Civil Veterinary Department Bengal reports 1923-33 - 1923-1933
Year: 1923
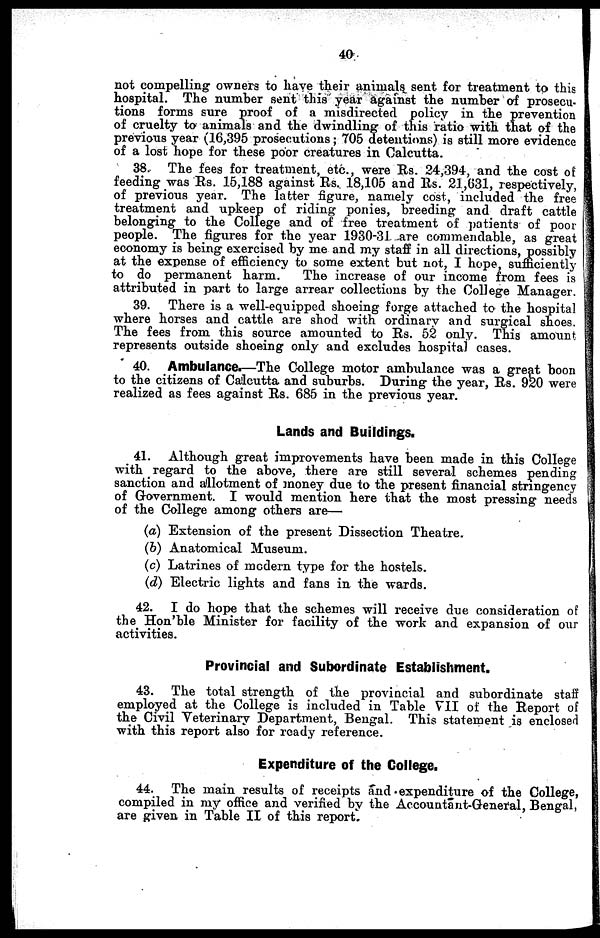
40
not compelling owners to have their animals sent for treatment to this
hospital. The number sent this year against the number of prosecu-
tions forms sure proof of a misdirected policy in the prevention
of cruelty to animals and the dwindling of this ratio with that of the
previous year (16,395 prosecutions; 705 detentions) is still more evidence
of a lost hope for these poor creatures in Calcutta.
38. The fees for treatment, etc., were Rs. 24,394, and the cost of
feeding was Rs. 15,188 against Rs. 18,105 and Rs. 21,631, respectively,
of previous year. The latter figure, namely cost, included the free
treatment and upkeep of riding ponies, breeding and draft cattle
belonging to the College and of free treatment of patients of poor
people. The figures for the year 1930-31 are commendable, as great
economy is being exercised by me and my staff in all directions, possibly
at the expense of efficiency to some extent but not, I hope, sufficiently
to do permanent harm.
The increase of our income from fees is
attributed in part to large arrear collections by the College Manager.
39. There is a well-equipped shoeing forge attached to the hospital
where horses and cattle are shod with ordinary and surgical shoes.
The fees from this source amounted to Rs. 52 only. This amount
represents outside shoeing only and excludes hospital cases.
40. Ambulance.—The College motor ambulance was a great boon
to the citizens of Calcutta and suburbs. During the year, Rs. 920 were
realized as fees against Rs. 685 in the previous year.
Lands and Buildings.
41. Although great improvements have been made in this College
with regard to the above, there are still several schemes pending
sanction and allotment of money due to the present financial stringency
of Government. I would mention here that the most pressing needs
of the College among others are—
(a) Extension of the present Dissection Theatre.
(b) Anatomical Museum.
(c) Latrines of modern type for the hostels.
(d) Electric lights and fans in the wards.
42. I do hope that the schemes will receive due consideration of
the Hon'ble Minister for facility of the work and expansion of our
activities.
Provincial and Subordinate Establishment.
43. The total strength of the provincial and subordinate staff
employed at the College is included in Table VII of the Report of
the Civil Veterinary Department, Bengal. This statement is enclosed
with this report also for ready reference.
Expenditure of the College.
44. The main results of receipts and expenditure of the College,
compiled in my office and verified by the Accountant-General, Bengal,
are given in Table II of this report.